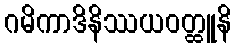
ဂမိကာဒိနိဿယဝတ္ထူနိ